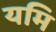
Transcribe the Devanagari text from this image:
यमि